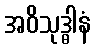
အဝိသုဒ္ဓါနံ